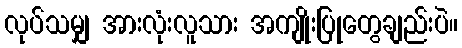
လုပ်သမျှ အားလုံးလူသား အကျိုးပြုတွေချည်းပဲ။